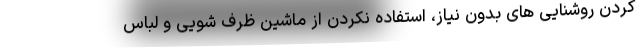
کردن روشنایی های بدون نیاز، استفاده نکردن از ماشین ظرف شویی و لباس